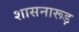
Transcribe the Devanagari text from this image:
शासनारूड़